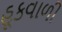
હૂકવાળી